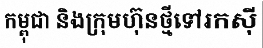
កម្ពុជា និងក្រុមហ៊ុនថ្មីទៅរកស៊ី